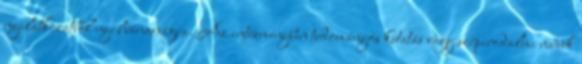
nyilatkozatból nyilvánosságra. Az intézményben tudományos kutatás vagy szépirodalmi művek